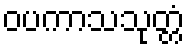
ဝပကာသသုတ္တံ